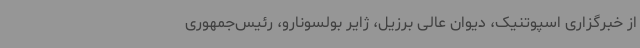
از خبرگزاری اسپوتنیک، دیوان عالی برزیل، ژایر بولسونارو، رئیس‌جمهوری